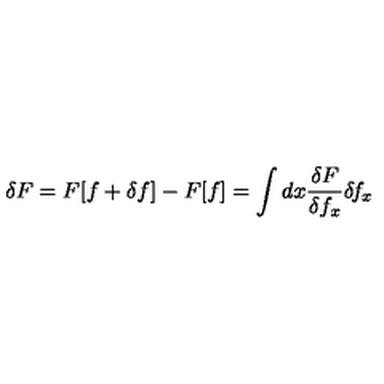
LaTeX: \delta F = F [ f + \delta f ] - F [ f ] = \int d x \frac { \delta F } { \delta f _ { x } } \delta \! f _ { x }